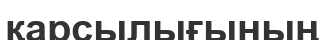
қарсылығының